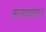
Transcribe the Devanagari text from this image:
ताजमहल।